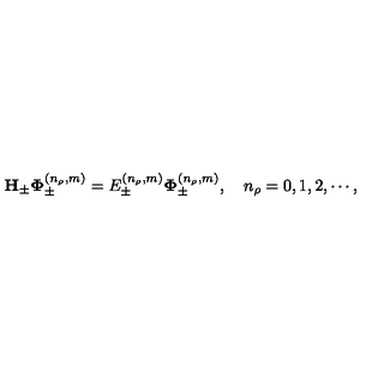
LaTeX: { \bf H } _ { \pm } { \bf \Phi } _ { \pm } ^ { ( n _ { \rho } , m ) } = E _ { \pm } ^ { ( n _ { \rho } , m ) } { \bf \Phi } _ { \pm } ^ { ( n _ { \rho } , m ) } , \quad n _ { \rho } = 0 , 1 , 2 , \cdots ,